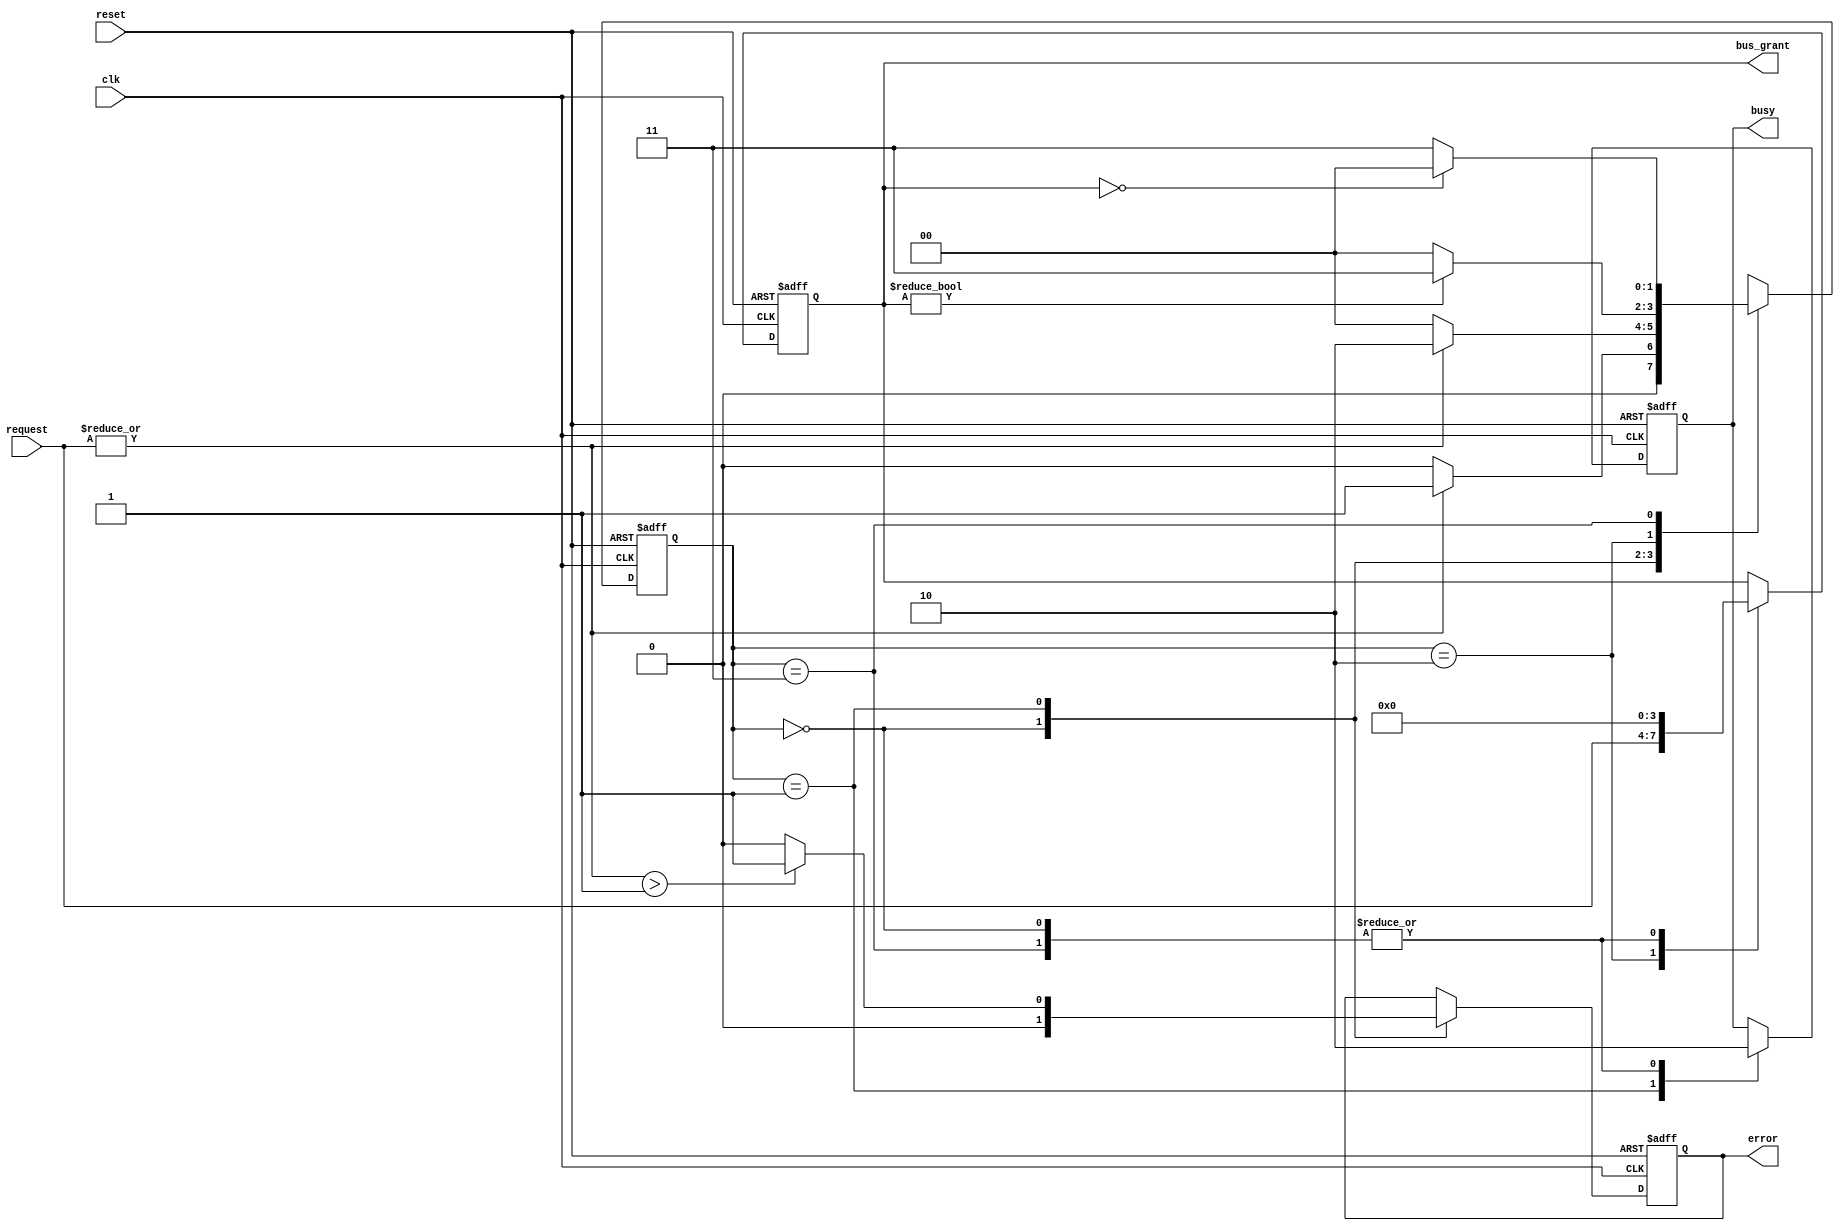
module BusController (
    input wire clk,                // Clock signal
    input wire reset,              // Reset signal
    input wire [N-1:0] request,    // Request signals from devices (N devices)
    output reg [N-1:0] bus_grant,   // Bus grant signal
    output reg busy,               // Busy signal
    output reg error               // Error signal
);
    parameter N = 4;              // Number of devices
    parameter IDLE = 2'b00;       // Idle state
    parameter REQUEST = 2'b01;    // Request state
    parameter GRANT = 2'b10;      // Grant state
    parameter RELEASE = 2'b11;    // Release state

    reg [1:0] state;              // Current state
    reg [1:0] next_state;         // Next state

    // State transition logic
    always @(posedge clk or posedge reset) begin
        if (reset) begin
            state <= IDLE;         // Reset to Idle state
        end else begin
            state <= next_state;   // Transition to next state
        end
    end

    // Next state logic
    always @(*) begin
        case (state)
            IDLE: begin
                if (|request) begin // If any request signal is high
                    next_state = REQUEST;
                end else begin
                    next_state = IDLE;
                end
            end
            
            REQUEST: begin
                // Grant bus to the highest priority device requesting access
                if (|request) begin
                    next_state = GRANT;
                end else begin
                    next_state = IDLE;
                end
            end
            
            GRANT: begin
                if (bus_grant != 0) begin  // If bus is granted to a device
                    next_state = RELEASE;
                end else begin
                    next_state = IDLE;
                end
            end
            
            RELEASE: begin
                if (bus_grant == 0) begin // If the device releases the bus
                    next_state = IDLE;
                end else begin
                    next_state = RELEASE;
                end
            end
            
            default: next_state = IDLE; // Default to Idle
        endcase
    end

    // Output logic
    always @(posedge clk or posedge reset) begin
        if (reset) begin
            bus_grant <= 0;
            busy <= 0;
            error <= 0;
        end else begin
            case (state)
                IDLE: begin
                    bus_grant <= 0;
                    busy <= 0;
                    error <= 0;
                end
                
                REQUEST: begin
                    busy <= 1;
                    error <= (|request > 1) ? 1 : 0; // Set error if multiple requests
                end
                
                GRANT: begin
                    // Grant the bus to the highest priority device (here we just take the first one)
                    bus_grant <= request; // In a real system, you would implement priority logic
                end
                
                RELEASE: begin
                    busy <= 0;
                    bus_grant <= 0; // Release the bus
                end
                
                default: begin
                    bus_grant <= 0;
                    busy <= 0;
                    error <= 0;
                end
            endcase
        end
    end
endmodule